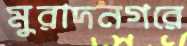
মুরাদনগরে